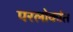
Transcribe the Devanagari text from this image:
परलोकांत